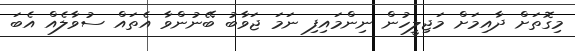
މިގޮތަށް ދާއިމަށް މަޖިލީހުން ނިންމައިފި ނަމަ ޖަވާބު ބޭނުންވާ އެތައް ސުވާލެއް އެބަ